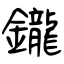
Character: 鑨